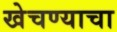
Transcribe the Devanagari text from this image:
खेचण्याचा